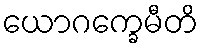
ယောဂက္ခေမီတိ